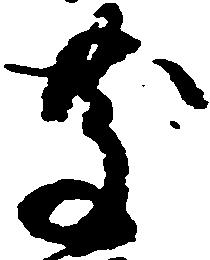
慶